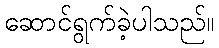
ဆောင်ရွက်ခဲ့ပါသည်။